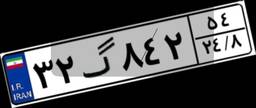
۳۲گ۸۴۲۵۴